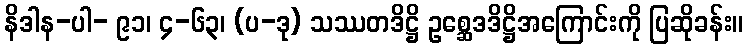
နိဒါန-ပါ- ၉၁၊ ၄-၆၃၊ (ပ-ဒု) သဿတဒိဋ္ဌိ ဥစ္ဆေဒဒိဋ္ဌိအကြောင်းကို ပြဆိုခန်း။